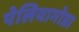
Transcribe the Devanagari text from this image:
पेलियागोडा